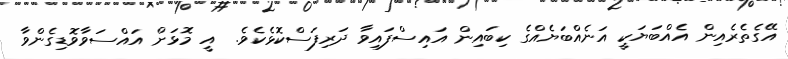
އޭގެތެރެއިން އެއްބަޔަކީ އަނެއްބަޔެއްގެ ކިބައިން އައިސްފައިވާ ދަރިފަސްކޮޅެކެވެ.  އީ މޮޅަށް އައްސަވާވޮޑިގެންވާ